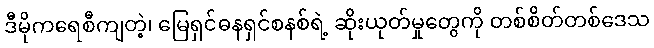
ဒီမိုကရေစီကျတဲ့၊ မြေရှင်ဓနရှင်စနစ်ရဲ့ ဆိုးယုတ်မှုတွေကို တစ်စိတ်တစ်ဒေသ